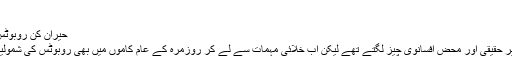
سروے می...
حیران کن روبوٹس وجود - هفته 28 نومبر 2015
ایک زمانہ وہ تھا جب روبوٹ غیر حقیقی اور محض افسانوی چیز لگتے تھے لیکن اب خلائی مہمات سے لے کر روزمرہ کے عام کاموں میں بھی روبوٹس کی شمولیت تیزی سے بڑھتی جا رہی ہے۔